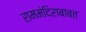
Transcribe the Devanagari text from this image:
राममंदिराबाबत